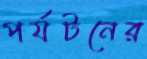
পর্যটনের